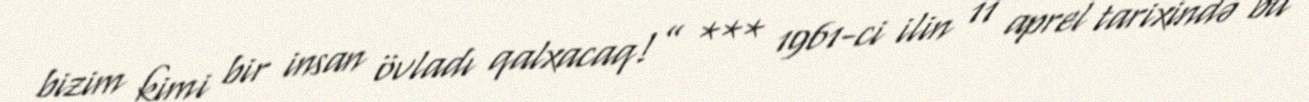
bizim kimi bir insan övladı qalxacaq!” *** 1961-ci ilin 11 aprel tarixində bu